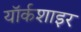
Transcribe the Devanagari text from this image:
यॉर्कशाइर